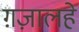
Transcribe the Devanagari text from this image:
ग़ज़ालहे